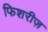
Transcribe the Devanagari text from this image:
फिशरीज़